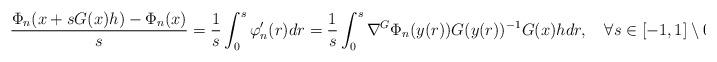
LaTeX: \begin{align*}\frac{\Phi_n(x+sG(x)h)-\Phi_n(x)}{s}= \frac{1}{s}\int_0^s\varphi_n'(r)dr= \frac{1}{s}\int_0^s\nabla^G\Phi_n(y(r))G(y(r))^{-1}G(x)hdr, \ \ \ \forall s\in[-1,1]\setminus 0.\end{align*}